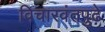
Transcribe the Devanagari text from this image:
विचारवंतपुढे